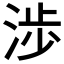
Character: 渉